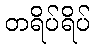
တရိပ်ရိပ်